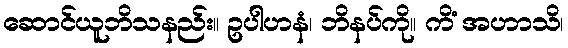
ဆောင်ယူဘိသနည်း။ ဥပါဟနံ၊ ဘိနပ်ကို။ ကိံ အဟာသိ၊